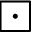
\boxdot